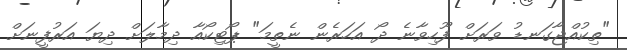
"ތިކުއްޖާގަނޑު ވަރަށް ފޫހިވާނެ ދޯ އަހަރެން ނެތީމަ" ޕޯޓިކޯއާ ދިމާލަށް ދިޔަ އަރުފީނަށް